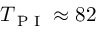
T \sb { \textnormal { P I } } \approx 8 2